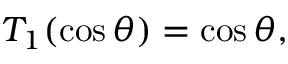
T _ { 1 } ( \cos \theta ) = \cos \theta ,